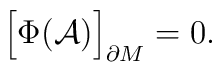
\Bigr[\Phi({\cal A})\Bigr]_{\partial M}=0 .